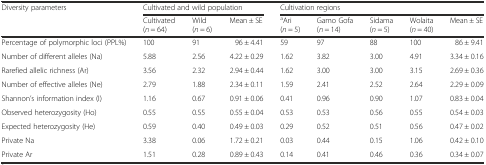
<table><thead><tr><td rowspan="2"><b>Diversity parameters</b></td><td colspan="3"><b>Cultivated and wild population</b></td><td colspan="5"><b>Cultivation regions</b></td></tr><tr><td><b>Cultivated (<i>n</i> = 64)</b></td><td><b>Wild (<i>n</i> = 6)</b></td><td><b>Mean ± SE</b></td><td><b><sup>a</sup>Ari (<i>n</i> = 5)</b></td><td><b>Gamo Gofa (<i>n</i> = 14)</b></td><td><b>Sidama (<i>n</i> = 5)</b></td><td><b>Wolaita (<i>n</i> = 40)</b></td><td><b>Mean ± SE</b></td></tr></thead><tbody><tr><td>Percentage of polymorphic loci (PPL%)</td><td>100</td><td>91</td><td>96 ± 4.41</td><td>59</td><td>97</td><td>88</td><td>100</td><td>86 ± 9.41</td></tr><tr><td>Number of different alleles (Na)</td><td>5.88</td><td>2.56</td><td>4.22 ± 0.29</td><td>1.62</td><td>3.82</td><td>3.00</td><td>4.91</td><td>3.34 ± 0.16</td></tr><tr><td>Rarefied allelic richness (Ar)</td><td>3.56</td><td>2.32</td><td>2.94 ± 0.44</td><td>1.62</td><td>3.00</td><td>3.00</td><td>3.15</td><td>2.69 ± 0.36</td></tr><tr><td>Number of effective alleles (Ne)</td><td>2.79</td><td>1.88</td><td>2.34 ± 0.11</td><td>1.59</td><td>2.41</td><td>2.52</td><td>2.64</td><td>2.29 ± 0.09</td></tr><tr><td>Shannon’s information index (I)</td><td>1.16</td><td>0.67</td><td>0.91 ± 0.06</td><td>0.41</td><td>0.96</td><td>0.90</td><td>1.07</td><td>0.83 ± 0.04</td></tr><tr><td>Observed heterozygosity (Ho)</td><td>0.55</td><td>0.55</td><td>0.55 ± 0.04</td><td>0.53</td><td>0.53</td><td>0.56</td><td>0.55</td><td>0.54 ± 0.03</td></tr><tr><td>Expected heterozygosity (He)</td><td>0.59</td><td>0.40</td><td>0.49 ± 0.03</td><td>0.29</td><td>0.52</td><td>0.51</td><td>0.56</td><td>0.47 ± 0.02</td></tr><tr><td>Private Na</td><td>3.38</td><td>0.06</td><td>1.72 ± 0.21</td><td>0.03</td><td>0.44</td><td>0.15</td><td>1.06</td><td>0.42 ± 0.10</td></tr><tr><td>Private Ar</td><td>1.51</td><td>0.28</td><td>0.89 ± 0.43</td><td>0.14</td><td>0.41</td><td>0.46</td><td>0.36</td><td>0.34 ± 0.07</td></tr></tbody></table>